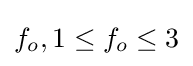
f_{o},1\leq f_{o}\leq 3